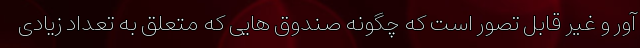
آور و غیر قابل تصور است که چگونه صندوق هایی که متعلق به تعداد زیادی